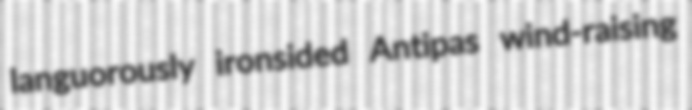
languorously ironsided Antipas wind-raising